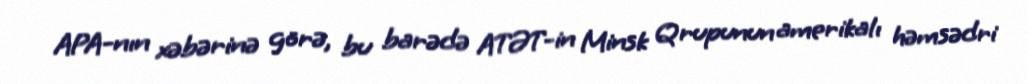
APA-nın xəbərinə görə, bu barədə ATƏT-in Minsk Qrupunun amerikalı həmsədri